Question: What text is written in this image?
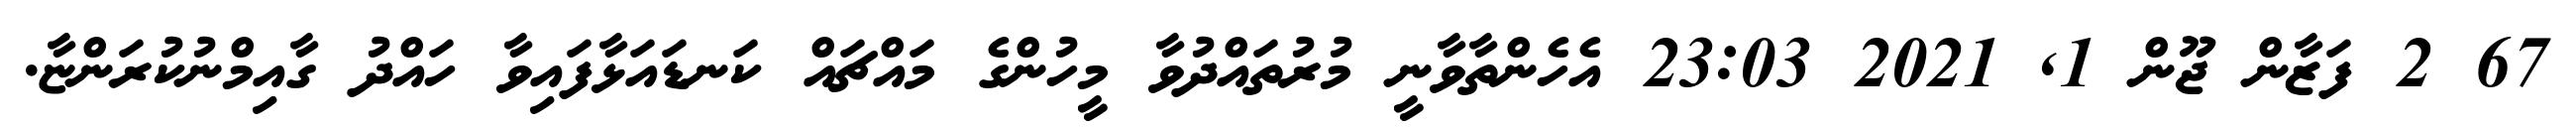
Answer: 67 2 ފަޒާން ޖޫން 1, 2021 23:03 އެހެންތާވާނީ މުރުތައްދުވާ މީހުންގެ މައްޗައް ކަނޑައަޅާފައިވާ ހައްދު ގާއިމްނުކުރަންޏާ.